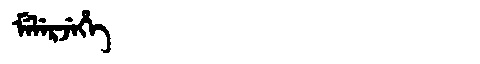
Manchu: ᠮᡝᠯᡝᡵᠵᡝᡥᡝ
Romanization: MELERJEHE